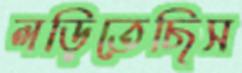
লড়িতেছিস